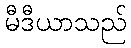
မီဒီယာသည်